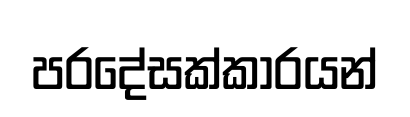
පරදේසක්කාරයන්